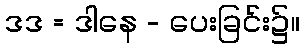
ဒဒ = ဒါနေ - ပေးခြင်း၌။